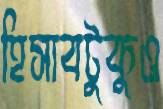
হিসাবটুকুও